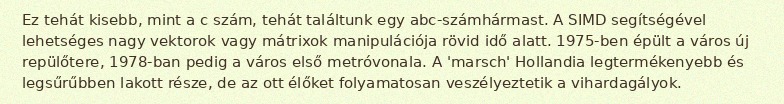
Ez tehát kisebb, mint a c szám, tehát találtunk egy abc-számhármast. A SIMD segítségével lehetséges nagy vektorok vagy mátrixok manipulációja rövid idő alatt. 1975-ben épült a város új repülőtere, 1978-ban pedig a város első metróvonala. A 'marsch' Hollandia legtermékenyebb és legsűrűbben lakott része, de az ott élőket folyamatosan veszélyeztetik a vihardagályok.